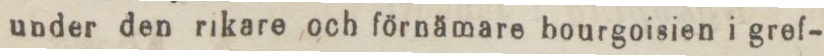
under den rikare och förnämare bourgoisien i gref-